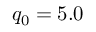
q _ { 0 } = 5 . 0